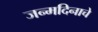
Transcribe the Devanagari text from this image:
जन्‍मदिनाचे